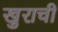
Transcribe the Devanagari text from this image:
खुराची